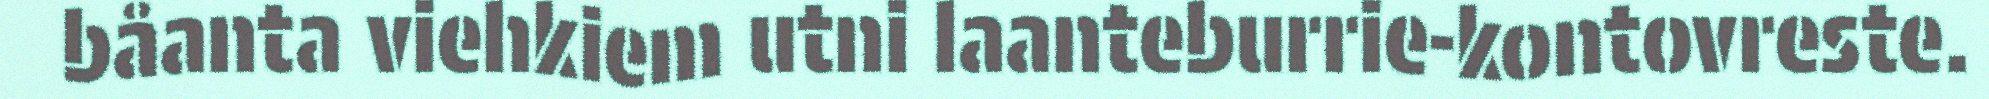
båanta viehkiem utni laanteburrie-kontovreste.